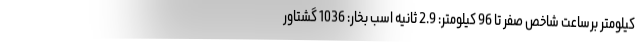
کیلومتر برساعت شاخص صفر تا 96 کیلومتر: 2.9 ثانیه اسب بخار: 1036 گشتاور